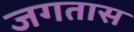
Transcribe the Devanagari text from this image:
जगतास